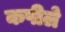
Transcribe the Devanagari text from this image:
कपीले